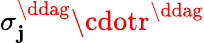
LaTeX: \sigma_{\mathbf{j}}^{\ddag}\cdotr^{\ddag}